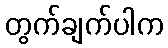
တွက်ချက်ပါက